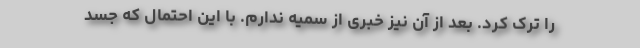
را ترک کرد. بعد از آن نیز خبری از سمیه ندارم. با این احتمال که جسد